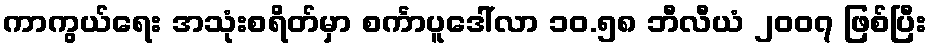
ကာကွယ်ရေး အသုံးစရိတ်မှာ စင်္ကာပူဒေါ်လာ ၁၀.၅၈ ဘီလီယံ ၂၀၀၇ ဖြစ်ပြီး